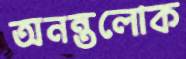
অনন্তলোক